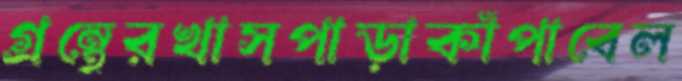
গ্রন্থেরখাসপাড়াকাঁপাবেল